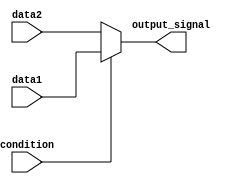
module conditional_assignment (
    input wire condition,   // Condition signal (1-bit)
    input wire [7:0] data1, // First data input (8-bit)
    input wire [7:0] data2, // Second data input (8-bit)
    output wire [7:0] output_signal // Output signal (8-bit)
);

// Continuous assignment using the ternary operator
assign output_signal = condition ? data1 : data2;

endmodule